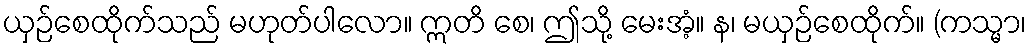
ယှဉ်စေထိုက်သည် မဟုတ်ပါလော။ ဣတိ စေ၊ ဤသို့ မေးအံ့။ န၊ မယှဉ်စေထိုက်။ (ကသ္မာ၊